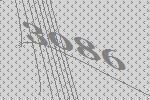
3086